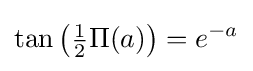
\tan \left({\tfrac {1}{2}}\Pi (a)\right)=e^{-a}